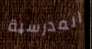
المدرسية